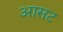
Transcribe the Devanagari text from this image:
आसट